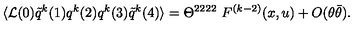
\langle { \cal L } ( 0 ) \tilde { q } ^ { k } ( 1 ) q ^ { k } ( 2 ) q ^ { k } ( 3 ) \tilde { q } ^ { k } ( 4 ) \rangle = \Theta ^ { 2 2 2 2 } \ F ^ { ( k - 2 ) } ( x , u ) + O ( \theta \bar { \theta } ) .